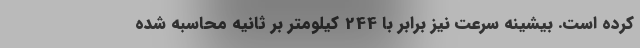
کرده است. بیشینه سرعت نیز برابر با 244 کیلومتر بر ثانیه محاسبه شده